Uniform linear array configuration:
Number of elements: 4
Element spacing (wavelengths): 0.75
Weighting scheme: cosine
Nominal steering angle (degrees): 45
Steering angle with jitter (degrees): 46.445
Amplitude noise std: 0.05
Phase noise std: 0.05

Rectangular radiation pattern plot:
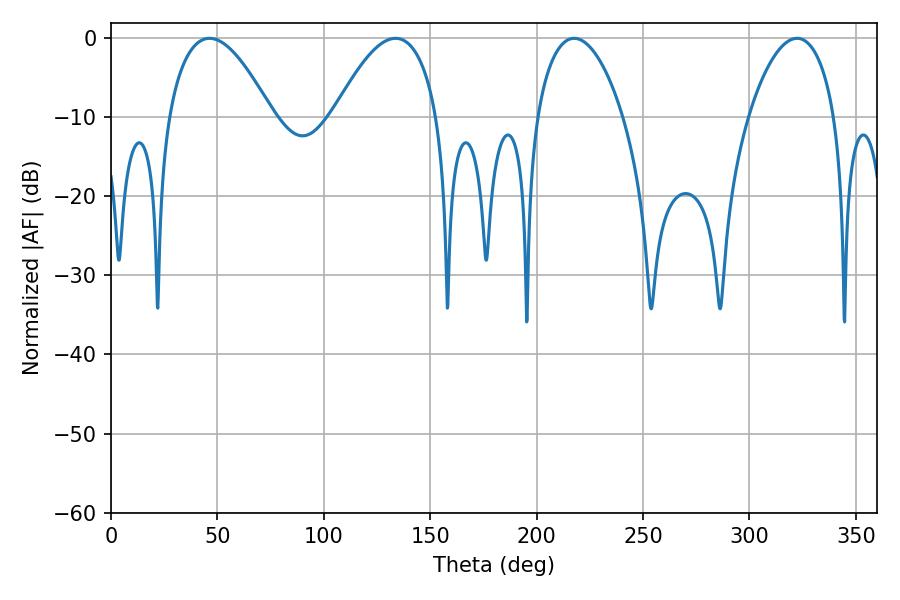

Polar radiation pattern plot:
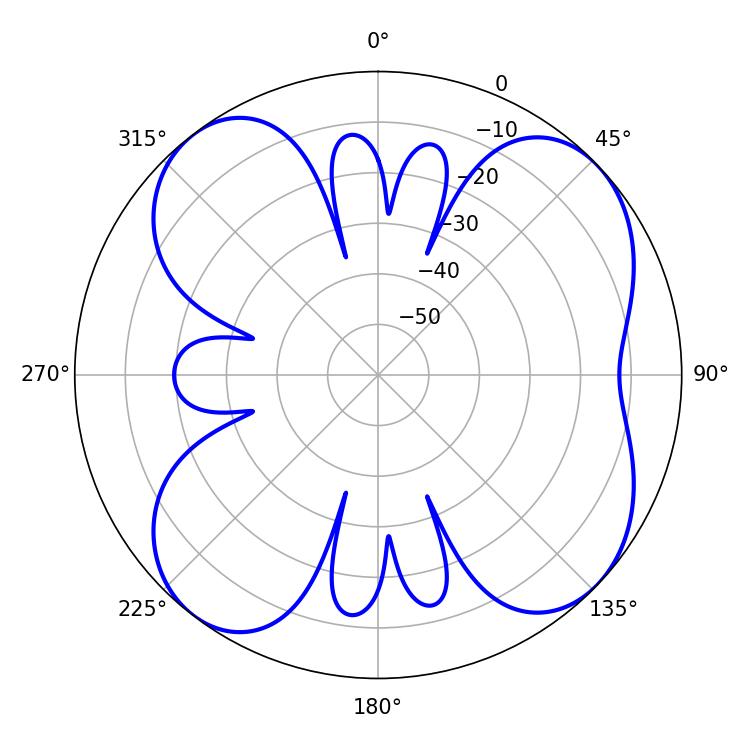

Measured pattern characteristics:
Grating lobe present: TRUE
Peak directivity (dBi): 9.169
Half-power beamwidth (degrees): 22.86
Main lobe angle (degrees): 217.62